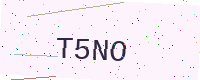
Text: T5NO